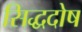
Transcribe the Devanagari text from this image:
सिद्धदोष